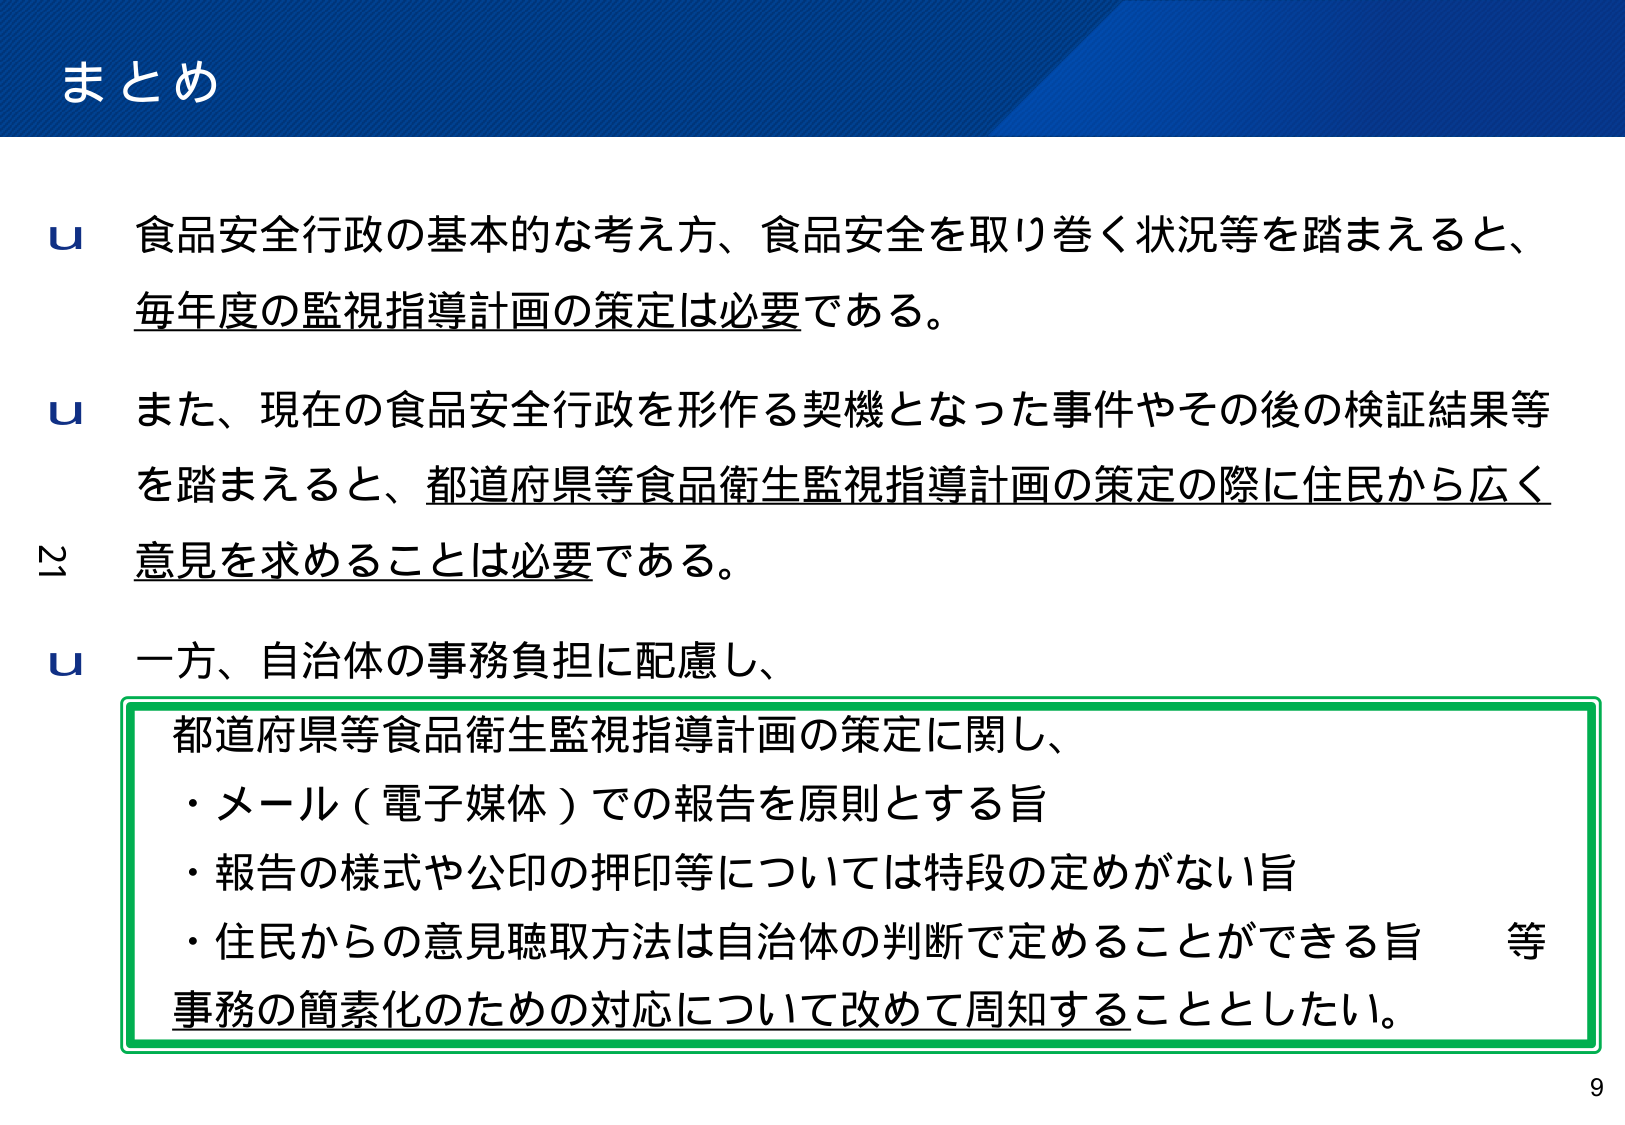
まとめ

u 食品安全行政の基本的な考え方、食品安全を取り巻く状況等を踏まえると、
毎年度の監視指導計画の策定は必要である。

u また、現在の食品安全行政を形作る契機となった事件やその後の検証結果等
を踏まえると、都道府県等食品衛生監視指導計画の策定の際に住民から広く
意見を求めることは必要である。

u 一方、自治体の事務負担に配慮し、
都道府県等食品衛生監視指導計画の策定に関し、
・メール（電子媒体）での報告を原則とする旨
・報告の様式や公印の押印等については特段の定めがない旨
・住民からの意見聴取方法は自治体の判断で定めることができる旨　等
事務の簡素化のための対応について改めて周知することとした。

9